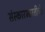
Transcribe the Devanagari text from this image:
संस्कारभारतीची